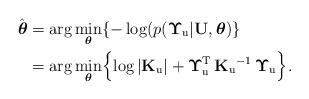
LaTeX: \begin{align*}\hat{\boldsymbol{\theta}} & =\arg\underset{\boldsymbol{\theta}}{\min}\{-\log(p(\boldsymbol{\Upsilon}_{\mathrm{u}}\vert\mathbf{U},\boldsymbol{\theta})\} \\ & =\arg\underset{\boldsymbol{\theta}}{\min}\Bigl\{\log|\mathbf{K}_{\mathrm{u}}|+\boldsymbol{\Upsilon}_{\mathrm{u}}^{\mathrm{T}}\,\mathbf{K}_{\mathrm{u}}{}^{-1}\,\boldsymbol{\Upsilon}_{\mathrm{u}}\Bigr\}.\end{align*}